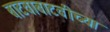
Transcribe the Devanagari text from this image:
बाटवाबाटवीच्या